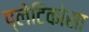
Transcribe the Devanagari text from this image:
प्लेटिकोसा